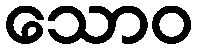
သောဝ